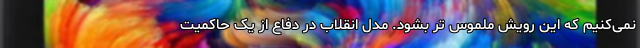
نمی‌کنیم که این رویش ملموس تر بشود. مدل انقلاب در دفاع از یک حاکمیت